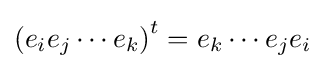
\left(e_{i}e_{j}\cdots e_{k}\right)^{t}=e_{k}\cdots e_{j}e_{i}